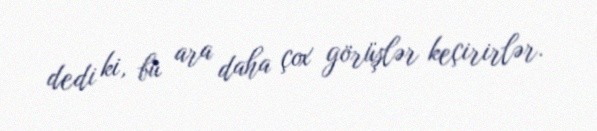
dedi ki, bu ara daha çox görüşlər keçirirlər.